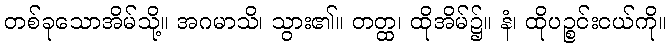
တစ်ခုသောအိမ်သို့။ အဂမာသိ၊ သွား၏။ တတ္ထ၊ ထိုအိမ်၌။ နံ၊ ထိုပဉ္စင်းငယ်ကို။